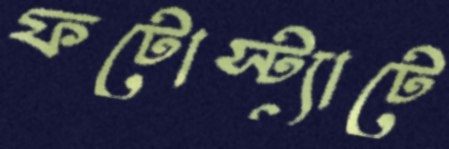
ফটোস্ট্যাটে